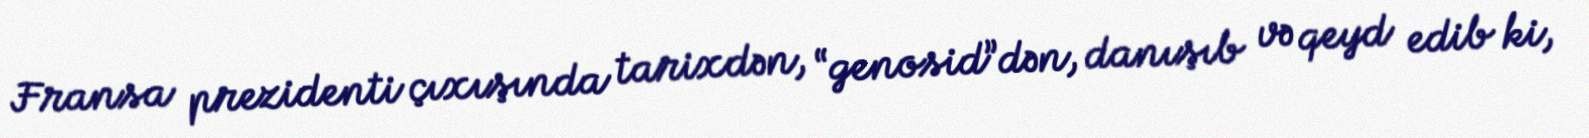
Fransa prezidenti çıxışında tarixdən, “genosid”dən, danışıb və qeyd edib ki,